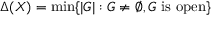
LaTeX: \Delta ( X ) = \operatorname* { m i n } \{ | G | : G \neq \emptyset , G { \mathrm { ~ i s ~ o p e n } } \}